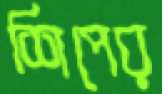
শিপের